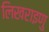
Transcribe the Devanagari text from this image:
लिखराइणु